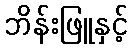
ဘိန်းဖြူနှင့်